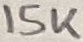
Text: 15K